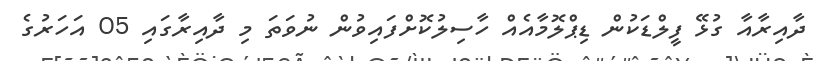
ދާއިރާއާ ގުޅޭ ފީލްޑަކުން ޑިޕްލޮމާއެއް ހާސިލުކޮށްފައިވުން ނުވަތަ މި ދާއިރާގައި 05 އަހަރުގެ